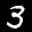
Label: 3